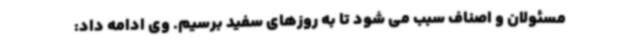
مسئولان و اصناف سبب می شود تا به روزهای سفید برسیم. وی ادامه داد: